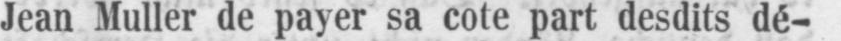
Jean Muller de payer sa cote part desdits dé-